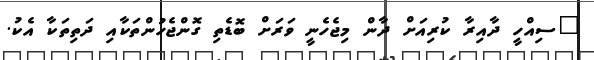
"ސިއްހީ ދާއިރާ ކުރިއަށް ދާން މިޖެހެނީ ވަރަށް ބޮޑެތި ގޮންޖެހުންތަކާއި ދަތިތަކާ އެކު.